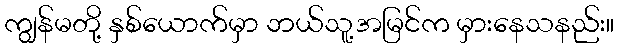
ကျွန်မတို့ နှစ်ယောက်မှာ ဘယ်သူ့အမြင်က မှားနေသနည်း။